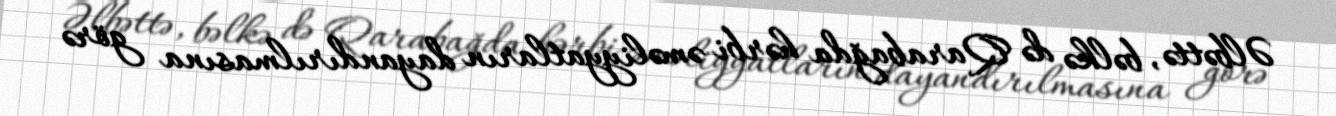
Əlbəttə, bəlkə də Qarabağda hərbi əməliyyatların dayandırılmasına görə